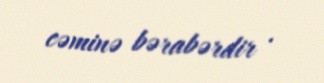
cəminə bərabərdir .